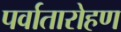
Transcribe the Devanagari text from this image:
पर्वातारोहण